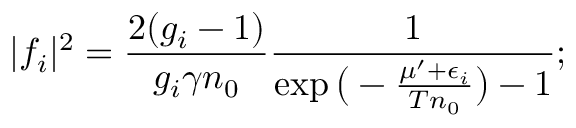
\lvert f _ { i } \rvert ^ { 2 } = \frac { 2 ( g _ { i } - 1 ) } { g _ { i } \gamma n _ { 0 } } \frac { 1 } { \exp \big ( - \frac { \mu ^ { \prime } + \epsilon _ { i } } { T n _ { 0 } } \big ) - 1 } ;